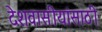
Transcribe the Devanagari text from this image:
देशवासीयांसाठी